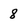
Character: 8